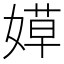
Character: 𰌐